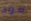
مود